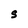
Character: S